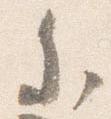
参